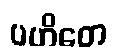
ပဟိတေ